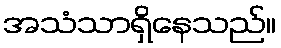
အသံသာရှိနေသည်။